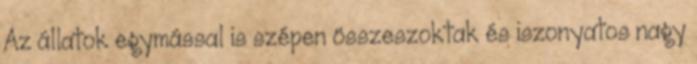
Az állatok egymással is szépen összeszoktak és iszonyatos nagy